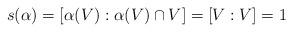
LaTeX: \begin{align*}s(\alpha)=[\alpha(V):\alpha(V)\cap V]=[V:V]=1\end{align*}